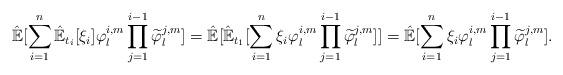
LaTeX: \begin{align*}\hat{\mathbb{E}}[\sum_{i=1}^{n}\hat{\mathbb{E}}_{t_i}[\xi_i]{\varphi^{i,m}_{l}}\prod_{j=1}^{i-1}{\widetilde{\varphi}^{j,m}_l}]=\hat{\mathbb{E}}[\hat{\mathbb{E}}_{t_1}[\sum_{i=1}^{n}\xi_i{\varphi^{i,m}_{l}}\prod_{j=1}^{i-1}{\widetilde{\varphi}^{j,m}_l}]]=\hat{\mathbb{E}}[\sum_{i=1}^{n}\xi_i{\varphi^{i,m}_{l}}\prod_{j=1}^{i-1}{\widetilde{\varphi}^{j,m}_l}].\end{align*}